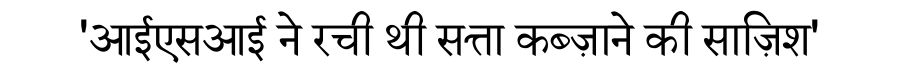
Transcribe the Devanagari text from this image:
'आईएसआई ने रची थी सत्ता कब्ज़ाने की साज़िश'